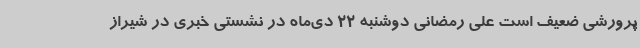
پرورشی ضعیف است علی رمضانی دوشنبه 22 دی‌ماه در نشستی خبری در شیراز